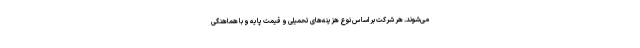
می‌شوند. هر شرکت بر اساس نوع هزینه‌های تحمیلی و قیمت پایه و با هماهنگی